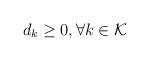
LaTeX: \begin{align*} d_k \geq 0, \forall k \in \mathcal{K}\end{align*}